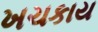
ખચકાય